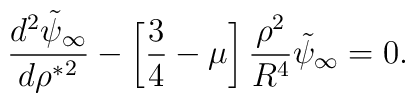
{ d^2 \tilde \psi_\infty \over d {\rho^*}^2 }  - \left [ {3 \over 4} - \mu \right ]   { \rho^2 \over R^4} \tilde \psi_\infty =0 .